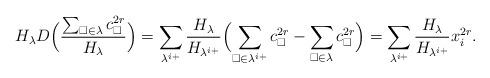
LaTeX: \begin{align*} H_\lambda D\Bigl(\frac{\sum_{\square\in\lambda} c_{\square}^{2r}}{H_\lambda}\Bigr)= \sum_{\lambda^{i+}}\frac{H_\lambda}{H_{\lambda^{i+}}} \Bigl(\sum_{\square\in\lambda^{i+}} c_{\square}^{2r}-\sum_{\square\in \lambda}c_{\square}^{2r}\Bigr)=\sum_{\lambda^{i+}}\frac{H_\lambda}{H_{\lambda^{i+}}}x_i^{2r}.\end{align*}